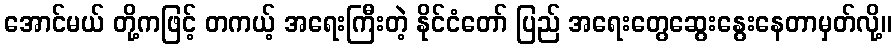
အောင်မယ် တို့ကဖြင့် တကယ့် အရေးကြီးတဲ့ နိုင်ငံတော် ပြည် အရေးတွေဆွေးနွေးနေတာမှတ်လို့။